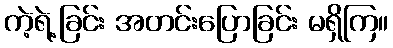
ကဲ့ရဲ့ခြင်း အတင်းပြောခြင်း မရှိကြ။